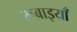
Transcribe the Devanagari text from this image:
रूबाइयाँ